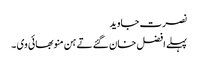
نصرت جاوید
پہلے افضل خان گئے تے ہن منو بھائی وی ۔